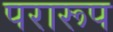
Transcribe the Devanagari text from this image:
परारूप